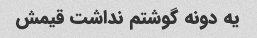
یه دونه گوشتم نداشت قیمش